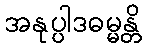
အနုပ္ပါဒဓမ္မန္တိ